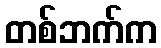
တစ်ဘက်က